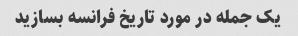
یک جمله در مورد تاریخ فرانسه بسازید